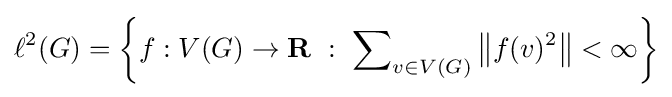
\ell ^{2}(G)=\left\{f:V(G)\to \mathbf {R} \ :\ \sum \nolimits _{v\in V(G)}\left\|f(v)^{2}\right\|<\infty \right\}